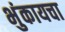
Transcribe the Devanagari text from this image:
भुंकायचा